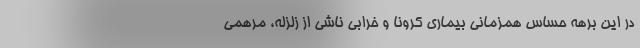
در این برهه حساس همزمانی بیماری کرونا و خرابی ناشی از زلزله، مرهمی